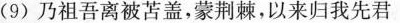
(9)乃祖吾离被苫盖，蒙荆棘，以来归我先君